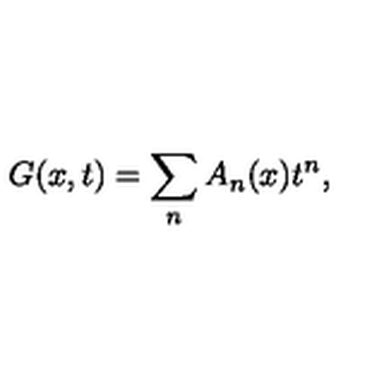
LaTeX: G ( x , t ) = \sum _ { n } A _ { n } ( x ) t ^ { n } ,